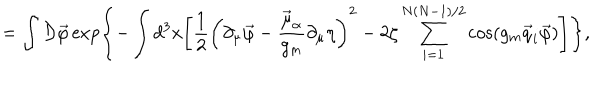
= \int { \cal D } \vec { \varphi } \exp \Biggl \{ - \int d ^ { 3 } x \Biggl [ \frac 1 2 \left( \partial _ { \mu } \vec { \varphi } - \frac { \vec { \mu } _ { \alpha } } { g _ { m } } \partial _ { \mu } \eta \right) ^ { 2 } - 2 \zeta \sum _ { i = 1 } ^ { N ( N - 1 ) / 2 } \cos \left( g _ { m } \vec { q } _ { i } \vec { \varphi } \right) \Biggr ] \Biggr \} ,